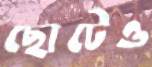
ছোটেও